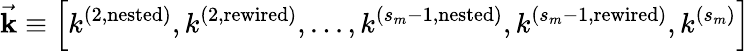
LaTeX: \vec{\mathbf{k}}\equiv\left[k^{(2,\mathrm{nested})},k^{(2,\mathrm{rewired})},...,k^{(s_{m}-1,\mathrm{nested})},k^{(s_{m}-1,\mathrm{rewired})},k^{(s_{m})}\right]